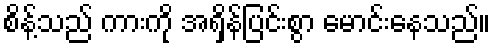
စိန့်သည် ကားကို အရှိန်ပြင်းစွာ မောင်းနေသည်။